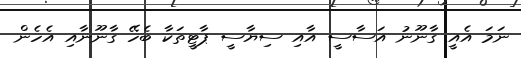
ނަމަ އެއީ ގާނޫނު އަސާސީ އާއި ސިޔާސީ ޕާޓީތަކާ ބެހޭ ގާނޫނާއި އެހެން